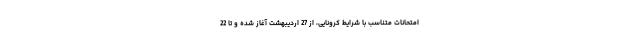
امتحانات متناسب با شرایط کرونایی، از 27 اردیبهشت آغاز شده و تا 22